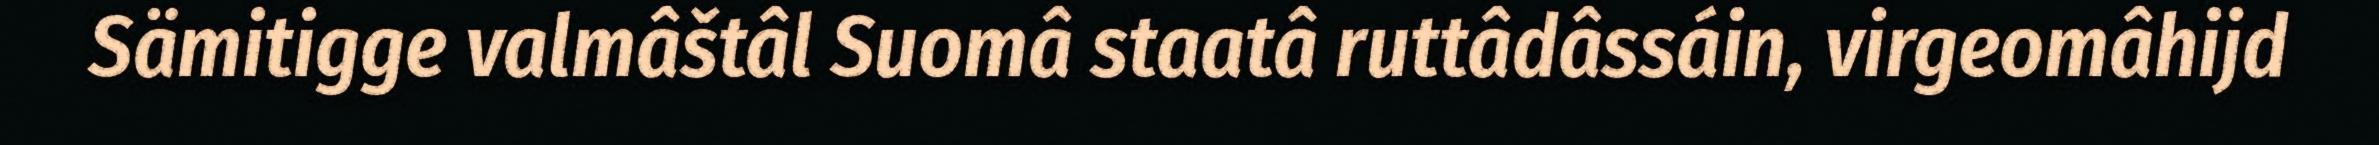
Sämitigge valmâštâl Suomâ staatâ ruttâdâssáin, virgeomâhijd